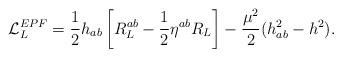
LaTeX: \begin{align*}{\cal L}_L^{EPF} = \frac{1}{2}h_{ab} \left[ R^{ab}_L - \frac{1}{2} \eta^{ab} R_L\right] - \frac{\mu^2}{2}(h_{ab}^2 - h^2).\end{align*}